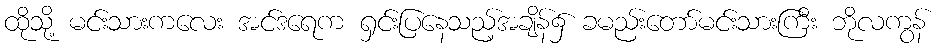
ထိုသို့ မင်းသားကလေး အင်ဒရေက ရှင်းပြနေသည့်အချိန်၌ ခမည်းတော်မင်းသားကြီး ဘိုလကွန်